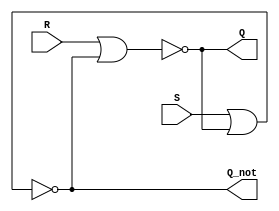
`timescale 1ns / 1ps
//////////////////////////////////////////////////////////////////////////////////
// Company: 
// Engineer: 
// 
// Design Name: 
// Module Name: Srlatch
// Project Name: 
// Target Devices: 
// Tool Versions: 
// Description: 
// 
// Dependencies: 
// 
// Revision:
// Revision 0.01 - File Created
// Additional Comments:
// 
//////////////////////////////////////////////////////////////////////////////////


module Srlatch(
    input wire S, R,
    output wire Q, Q_not);

    assign Q     = ~(R | Q_not);
    assign Q_not = ~(S | Q);
endmodule